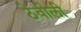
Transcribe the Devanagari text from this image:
ठेवीली